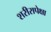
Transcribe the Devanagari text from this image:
शरीरापेक्षा